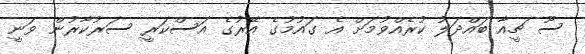
ސޫ ޗީއާ ބައްދަލު ކުރެއްވުމަށް އެ ގައުމުގެ އޭރުގެ އަސްކަރީ ސަރުކާރުން ވަނީ